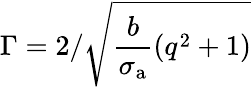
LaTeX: \Gamma=2/\sqrt{\frac{b}{\sigma_{\mathrm{a}}}(q^{2}+1)}